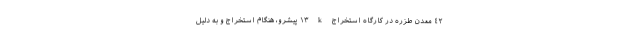
٤٢ معدن طزره در کارگاه استخراج k ١٣ پیشرو، هنگام استخراج و به دلیل